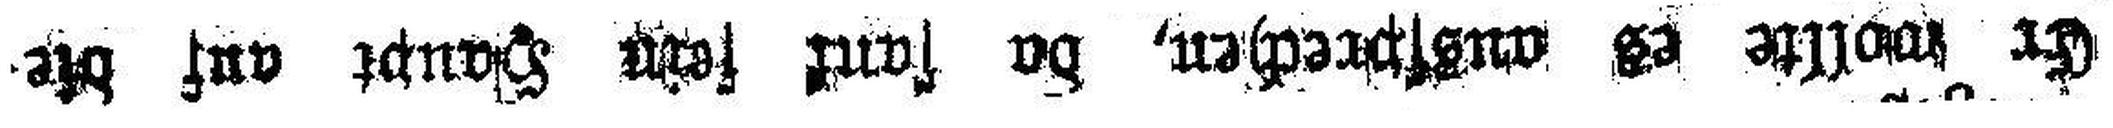
Er wollte es ausfprechen, da sank sein Haupt auf die